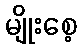
မျိုးစေ့